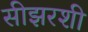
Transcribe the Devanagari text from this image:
सीझरशी